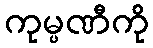
ကုမ္ပဏီကို